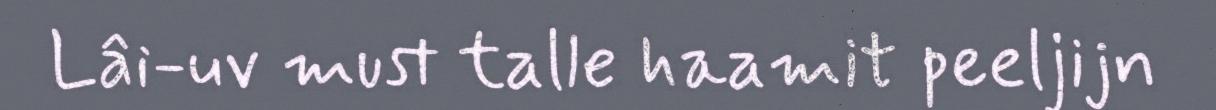
Lâi-uv must talle haamit peeljijn